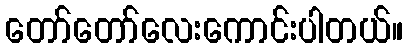
တော်တော်လေးကောင်းပါတယ်။